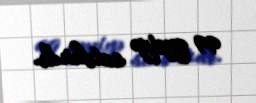
99 qəpiyə satılırdı.